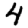
Digit: 4